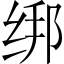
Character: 绑